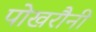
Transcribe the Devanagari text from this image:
पोखरौनी